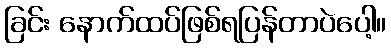
ခြင်း နောက်ထပ်ဖြစ်ရပြန်တာပဲပေါ့။